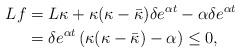
LaTeX: \begin{align*} Lf & =L\kappa + \kappa(\kappa - \bar\kappa)\delta e^{\alpha t} - \alpha \delta e^{\alpha t}\\& = \delta e^{\alpha t} \left( \kappa(\kappa - \bar\kappa) - \alpha\right)\leq 0, \end{align*}